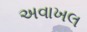
અવાખલ